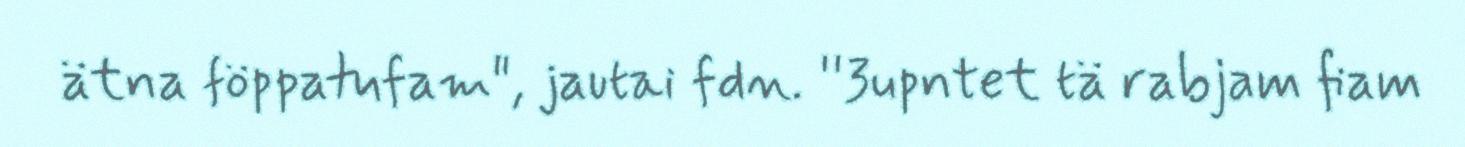
ätna föppatufam", jautai fdn. ''3upntet tä rabjam fiam